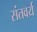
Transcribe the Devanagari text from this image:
संतवर्य